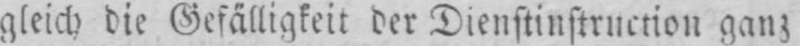
gleich die Gefälligkeit der Dienstinstruction ganz